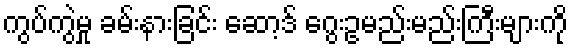
ကွပ်ကွဲမှု ခမ်းနားခြင်း ဆော့ဒ် ဂွေးဥမည်းမည်းကြီးများကို